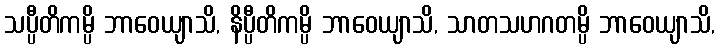
သပ္ပီတိကမ္ပိ ဘာဝေယျာသိ, နိပ္ပီတိကမ္ပိ ဘာဝေယျာသိ, သာတသဟဂတမ္ပိ ဘာဝေယျာသိ,